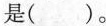
是( )。